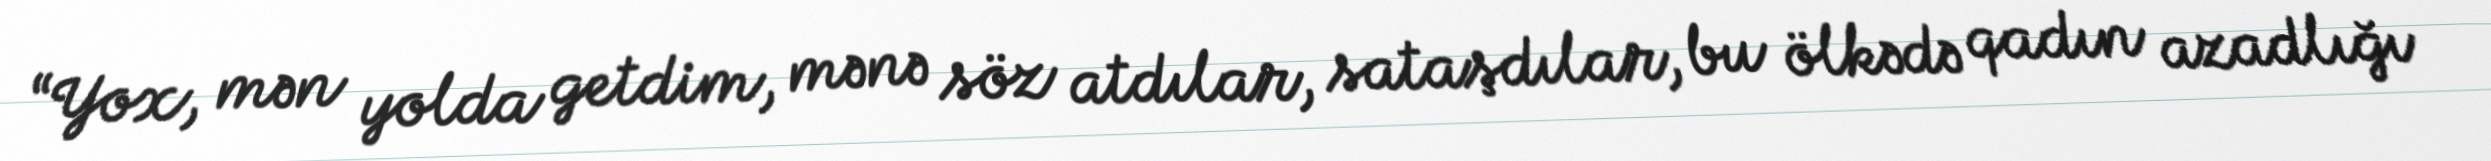
“Yox, mən yolda getdim, mənə söz atdılar, sataşdılar, bu ölkədə qadın azadlığı